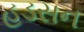
હડસન